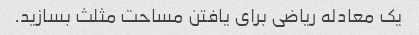
یک معادله ریاضی برای یافتن مساحت مثلث بسازید.